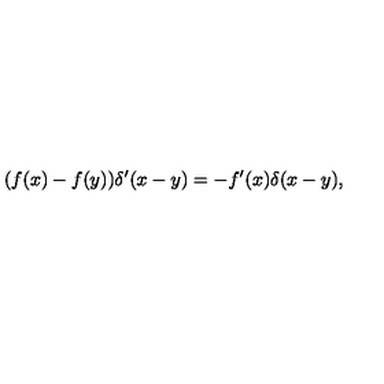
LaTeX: ( f ( x ) - f ( y ) ) \delta ^ { \prime } ( x - y ) = - f ^ { \prime } ( x ) \delta ( x - y ) ,